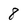
Character: 8